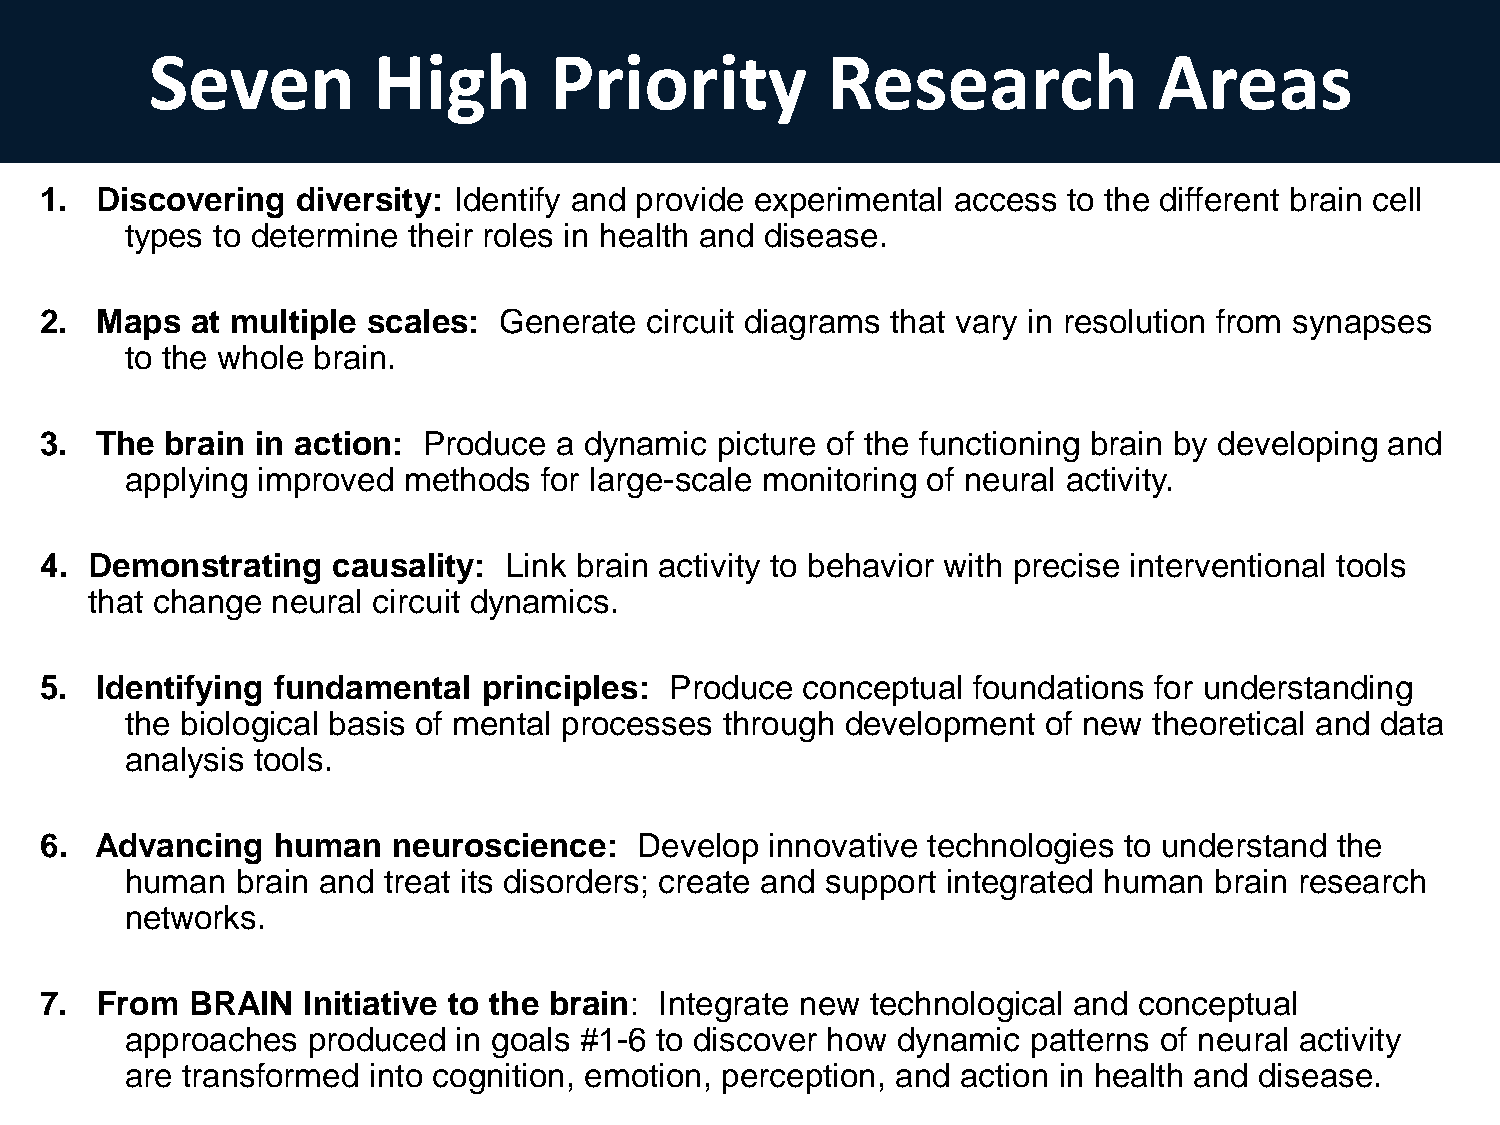
Seven          High       Priority           Research              Areas
 1. Discovering   diversity: Identify and provide experimental access to the different brain cell
 types to determine their roles in health and disease.
 2. Maps   at multiple scales: Generate  circuit diagrams that vary in resolution from synapses
 to the whole brain.
 3. The  brain in action: Produce  a dynamic picture of the functioning brain by developing and
 applying improved  methods  for large-scale monitoring of neural activity.
 4. Demonstrating   causality: Link brain activity to behavior with precise interventional tools
 that change neural circuit dynamics.
 5. Identifying fundamental   principles: Produce  conceptual foundations for understanding
 the biological basis of mental processes through development of new theoretical and data
 analysis tools.
 6. Advancing   human   neuroscience:   Develop  innovative technologies to understand the
 human   brain and treat its disorders; create and support integrated human brain research
 networks.
 7. From  BRAIN   Initiative to the brain: Integrate new technological and conceptual
 approaches  produced  in goals #1-6 to discover how dynamic patterns of neural activity
 are transformed into cognition, emotion, perception, and action in health and disease.